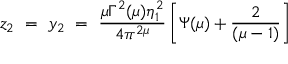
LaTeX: z _ { 2 } ~ = ~ y _ { 2 } ~ = ~ \frac { \mu \Gamma ^ { 2 } ( \mu ) \eta _ { 1 } ^ { 2 } } { 4 \pi ^ { 2 \mu } } \left[ \Psi ( \mu ) + \frac { 2 } { ( \mu - 1 ) } \right]